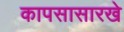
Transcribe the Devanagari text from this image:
कापसासारखे